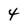
Character: 4